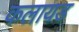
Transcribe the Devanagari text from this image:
कलायड